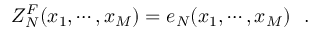
Z _ { N } ^ { F } ( x _ { 1 } , \cdots , x _ { M } ) = e _ { N } ( x _ { 1 } , \cdots , x _ { M } ) \, \, \, \, .